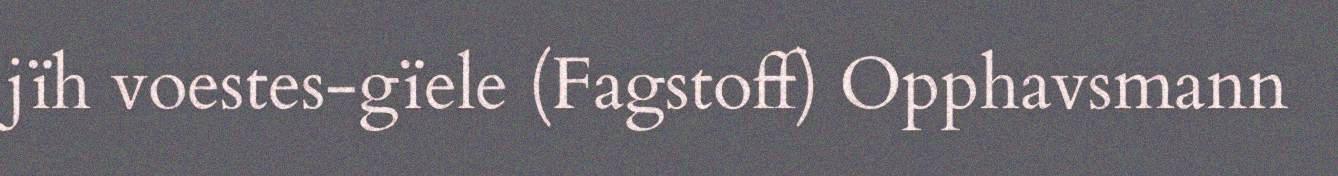
jïh voestes-gïele (Fagstoff) Opphavsmann